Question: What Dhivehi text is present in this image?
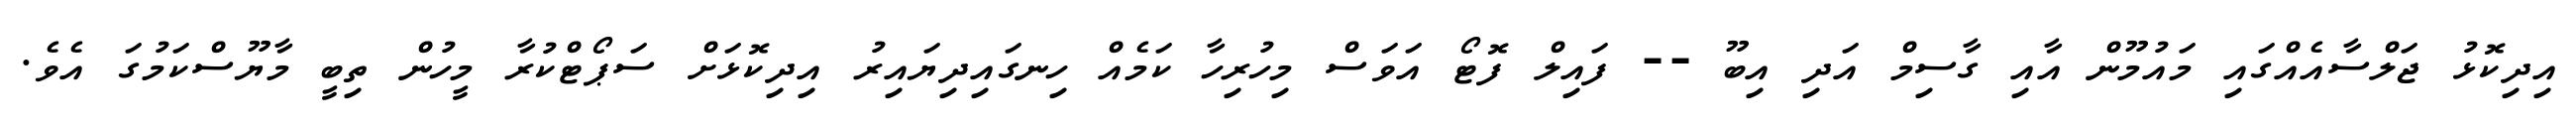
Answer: އިދިކޮޅު ޖަލްސާއެއްގައި މައުމޫން އާއި ގާސިމް އަދި އިބޫ -- ފައިލް ފޮޓޯ އަވަސް މިހުރިހާ ކަމެއް ހިނގައިދިޔައިރު އިދިކޮޅަށް ސަޕޯޓްކުރާ މީހުން ތިބީ މާޔޫސްކަމުގަ އެވެ.